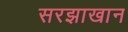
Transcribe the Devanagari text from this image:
सरझाखान